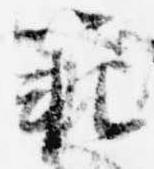
範